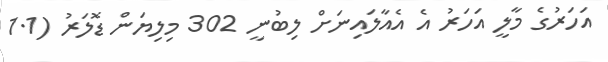
އަހަރުގެ މާލީ އަހަރު އެ އެއާލައިނަށް ލިބުނީ 302 މިލިޔަން ޑޮލަރު (1.1